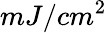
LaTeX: mJ/cm^{2}